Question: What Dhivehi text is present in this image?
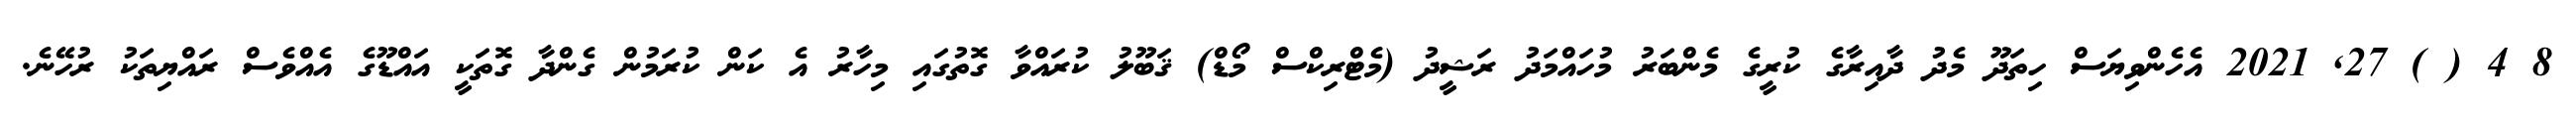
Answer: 8 4 ( ) 27, 2021 އެހެންވިޔަސް ހިތަދޫ މެދު ދާއިރާގެ ކުރީގެ މެންބަރު މުހައްމަދު ރަޝީދު (މެޓްރިކްސް މޯޑް) ޤަބޫލު ކުރައްވާ ގޮތުގައި މިހާރު އެ ކަން ކުރަމުން ގެންދާ ގޮތަކީ އައްޑޫގެ އެއްވެސް ރައްޔިތަކު ރުހޭނެ.